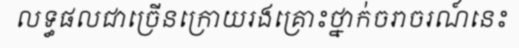
លទ្ធផលជាច្រើនក្រោយរងគ្រោះថ្នាក់ចរាចរណ៍នេះ